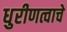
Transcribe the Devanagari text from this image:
धुरीणत्वाचे